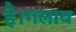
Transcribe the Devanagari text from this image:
है।गलाब